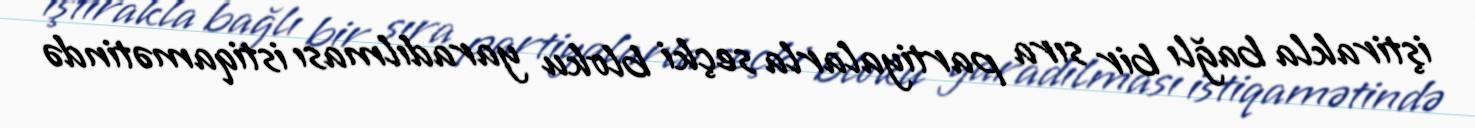
iştirakla bağlı bir sıra partiyalarla seçki bloku yaradılması istiqamətində